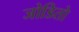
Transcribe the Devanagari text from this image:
जोडितो